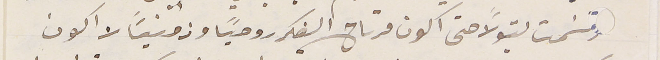
رتسَمت بتولاً حتى اكون مرتاح الفكر روحيًا وزمنيًا لا اكون